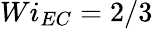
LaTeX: Wi_{EC}=2/3